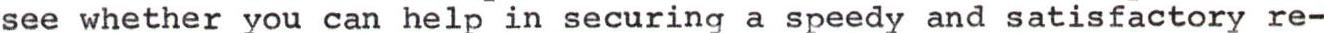
see whether you can help in securing a speedy and satisfactory re-